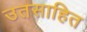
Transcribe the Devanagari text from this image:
उतसाहित